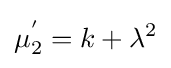
\mu _{2}^{'}=k+\lambda ^{2}